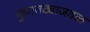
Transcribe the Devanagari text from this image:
फुगवट्याजवळ